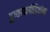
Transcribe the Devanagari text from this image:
दुष्काळपीडितांना